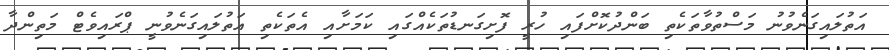
އަތުލައިގަނެވުނު މަސްތުވާތަކެތި ބަންދުކޮށްފައި ހުރީ ފޮށިގަނޑުތަކެއްގައި ކަމަށާއި އެތަކެތި އަތުލައިގަނެވުނީ ޕްރައިވެޓް މަތިންދާ